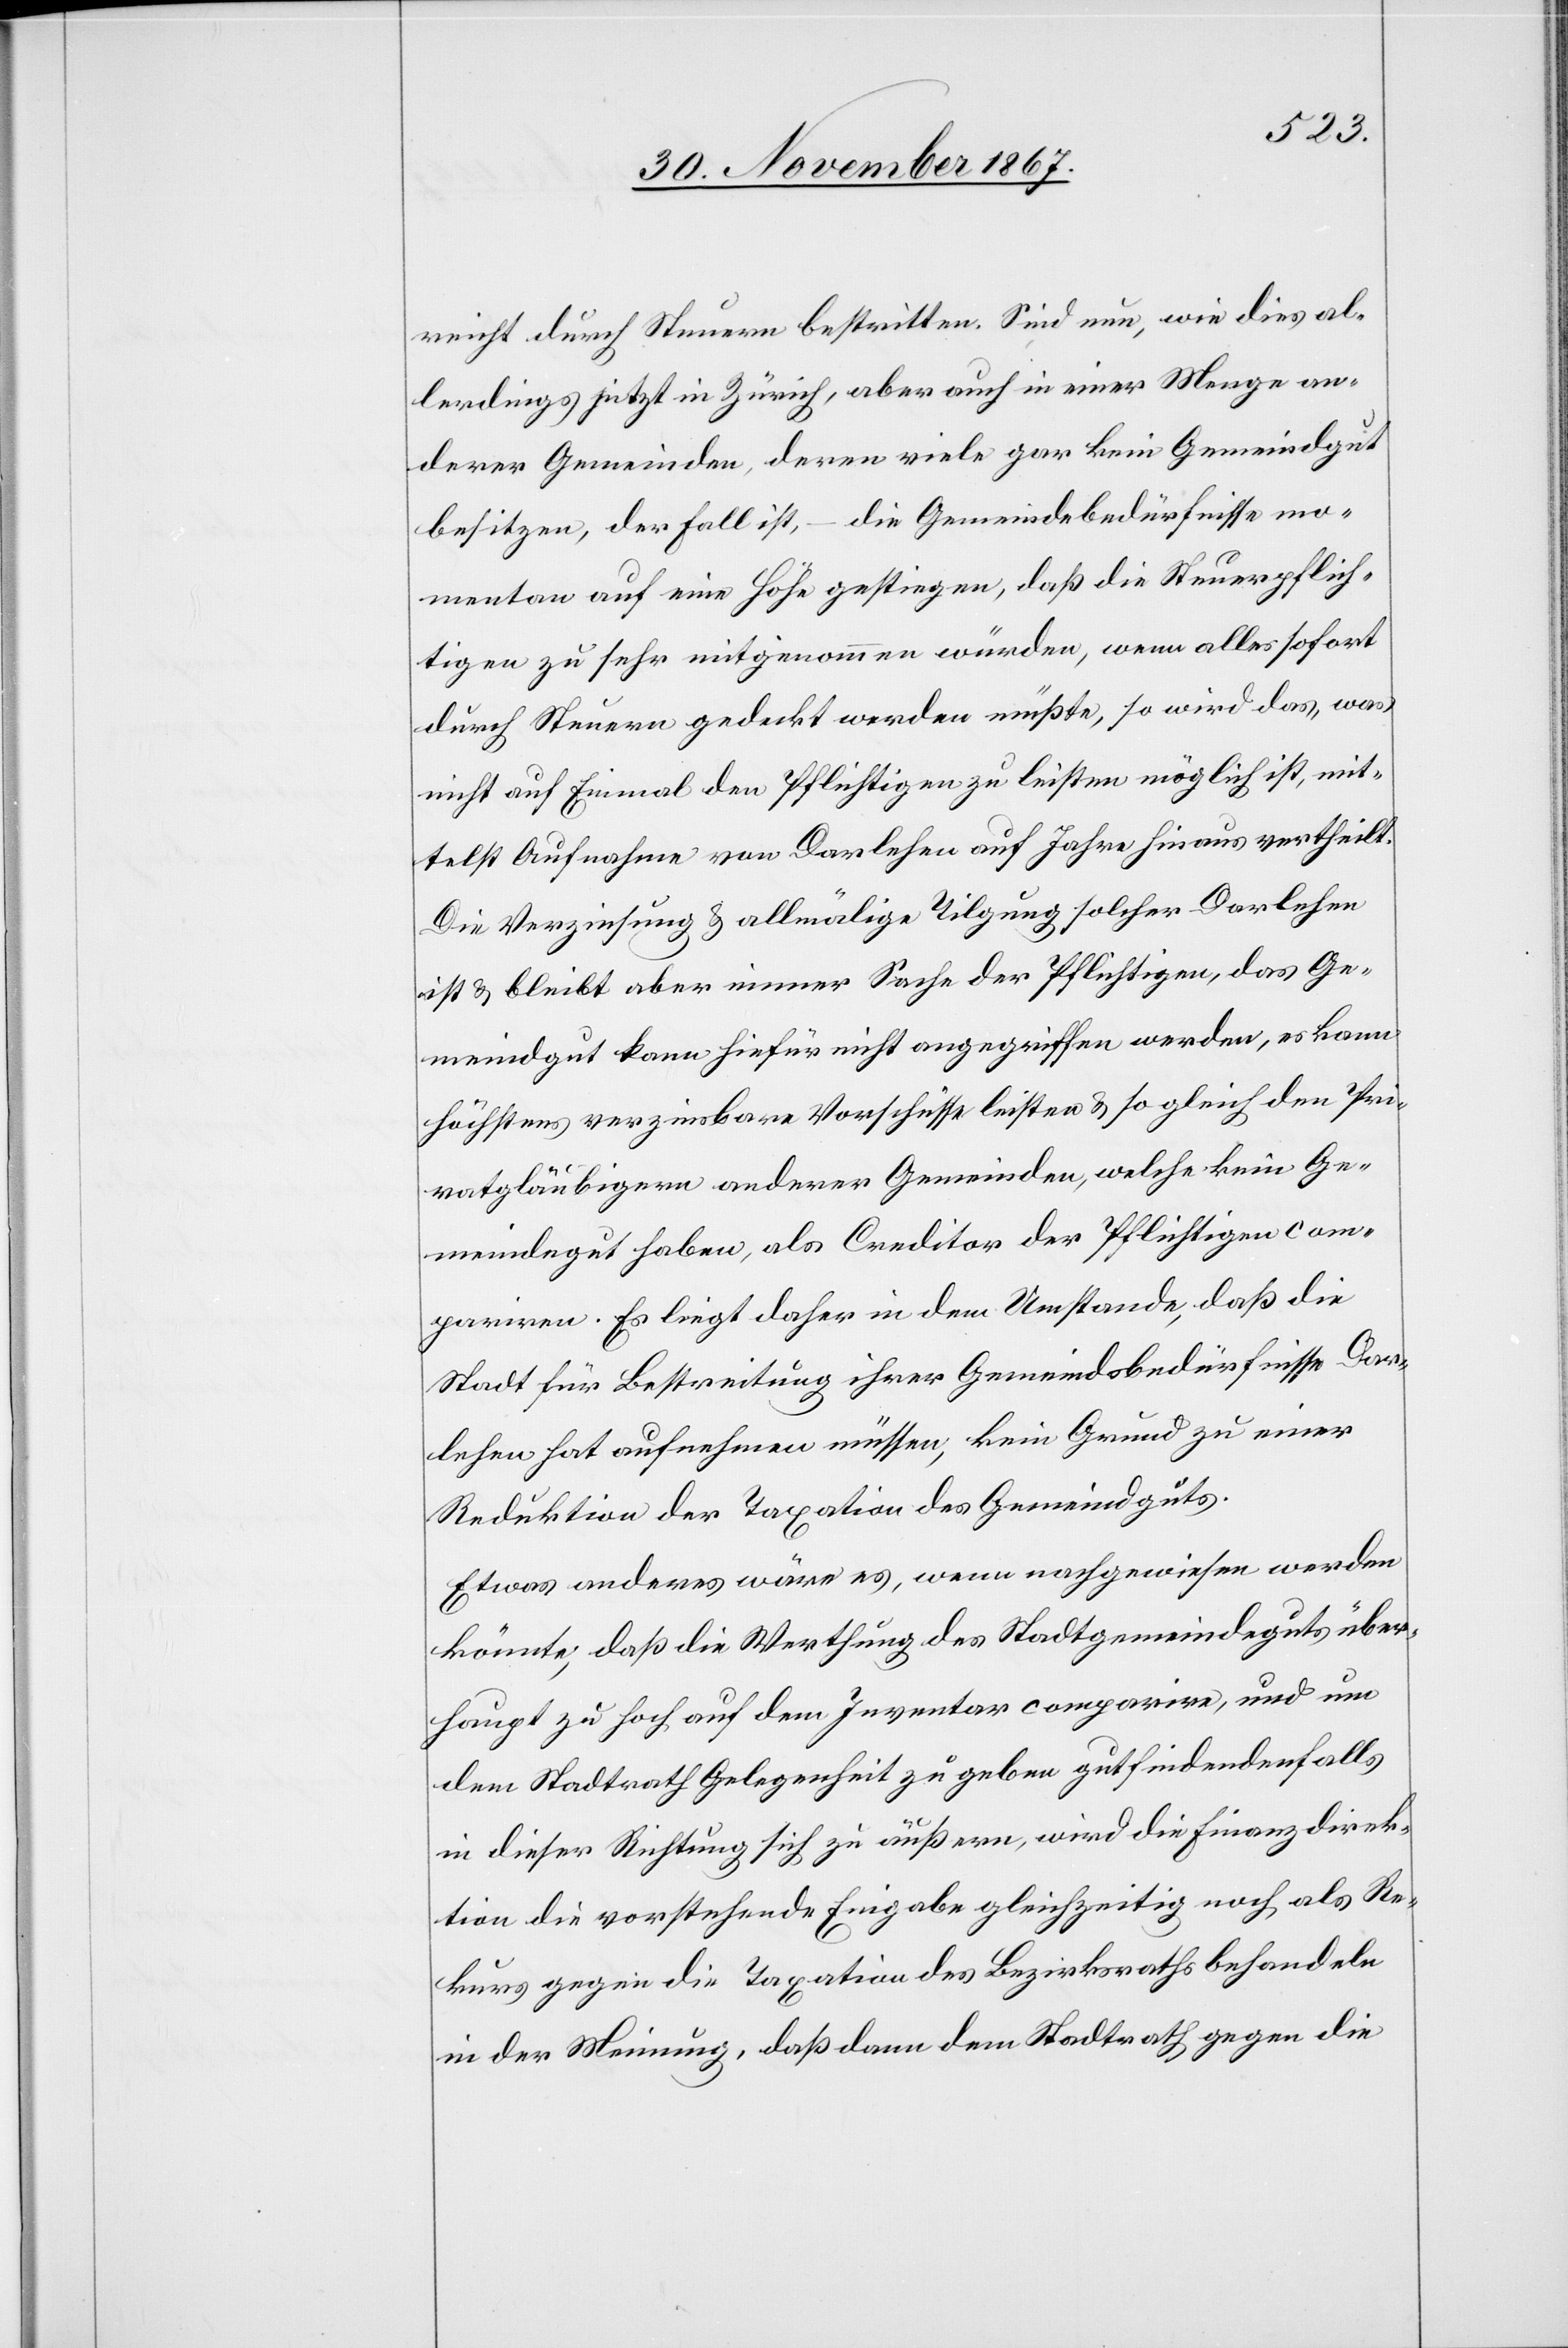
reicht durch Steuern bestritten. Sind nun, wie dies al¬
lerdings jetzt in Zürich, aber auch in einer Menge an¬
derer Gemeinden, deren viele gar kein Gemeindgut
besitzen, der Fall ist, – die Gemeindebedürfnisse mo¬
mentan auf eine Höhe gestiegen, daß die Steuerpflich¬
tigen zu sehr mitgenommen würden, wenn alles sofort
durch Steuern gedeckt werden müßte, so wird das, was
nicht auf Einmal den Pflichtigen zu leisten möglich ist, mit¬
telst Aufnahme von Darlehen auf Jahre hinaus vertheilt.
Die Verzinsung u. allmälige Tilgung solcher Darlehen
ist u. bleibt aber immer Sache der Pflichtigen, das Ge¬
meindgut kann hiefür nicht angegriffen werden, es kann
höchstens verzinsbare Vorschüsse leisten u. so gleich den Pri¬
vatgläubigern anderer Gemeinden, welche kein Ge¬
meindegut haben, als Creditor der Pflichtigen com¬
pariren. Es liegt daher in dem Umstande, daß die
Stadt für Bestreitung ihrer Gemeindsbedürfnisse Dar¬
lehen hat aufnehmen müssen, kein Grund zu einer
Reduktion der Taxation des Gemeindguts.
Etwas anderes wäre es, wenn nachgewiesen werden
könnte, daß die Werthung des Stadtgemeindeguts über¬
haupt zu hoch auf dem Inventar comparire, und um
dem Stadtrath Gelegenheit zu geben gutfindendenfalls
in dieser Richtung sich zu äußern, wird die Finanzdirek¬
tion die vorstehende Eingabe gleichzeitig noch als Re¬
kurs gegen die Taxation des Bezirksraths behandeln
in der Meinung, daß dann dem Stadtrath gegen die